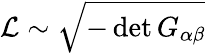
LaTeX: {\cal L}\sim\sqrt{-\operatorname*{det}G_{\alpha\beta}}